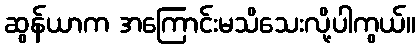
ဆွန်ယာက အကြောင်းမသိသေးလို့ပါကွယ်။